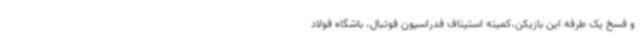
و فسخ یک طرفه این بازیکن،کمیته استیناف فدراسیون فوتبال، باشگاه فولاد